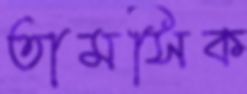
তামসিক